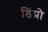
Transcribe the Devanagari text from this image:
डिंप्रो